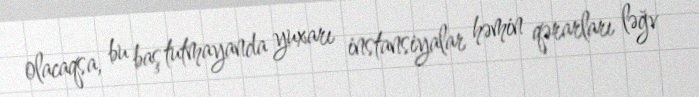
olacaqsa, bu baş tutmayanda yuxarı instansiyalar həmin qərarları ləğv